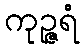
ကုဉ္ဇရံ